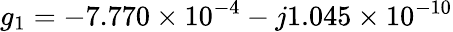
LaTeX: g_{1}=-7.770\times 10^{-4}-j1.045\times 10^{-10}